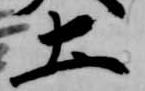
土